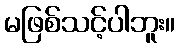
မဖြစ်သင့်ပါဘူး။